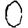
Digit: 0